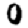
Digit: 0